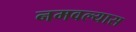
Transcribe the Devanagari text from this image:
नमवल्यास